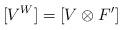
LaTeX: \begin{align*}[V^W] = [V \otimes F'] \end{align*}